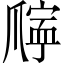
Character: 𪺖